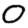
Digit: 0